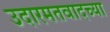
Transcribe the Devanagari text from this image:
उदारमतवादच्या